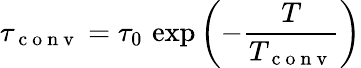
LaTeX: \tau_{\mathrm{~c~o~n~v~}}=\tau_{0}\, \exp\left(-\frac{T}{T_{\mathrm{~c~o~n~v~}}}\right)